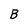
Character: B